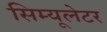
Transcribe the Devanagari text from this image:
सिम्यूलेटर